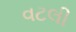
વટલી